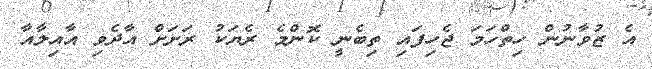
އެ ޒުވާނުން ހިތްހަމަ ޖެހިފައި ތިބެނީ ކޮންމެ ރެޔަކު ރަށަށް އާދެވި އާއިލާއާ